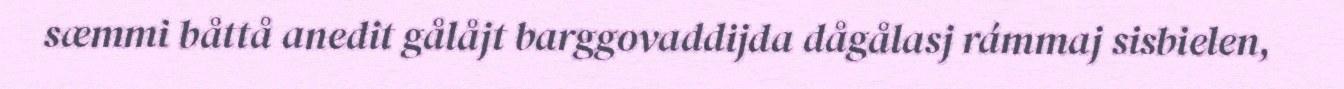
sæmmi båttå anedit gålåjt barggovaddijda dågålasj rámmaj sisbielen,